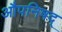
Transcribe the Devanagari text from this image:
औपनिषद्